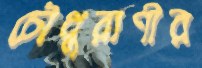
চৌধুরাণীর